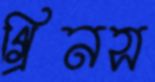
গ্রিনস